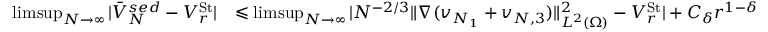
\begin{array} { r l } { \operatorname* { l i m s u p } _ { N \to \infty } | \bar { V } _ { N } ^ { s e d } - V _ { r } ^ { \mathrm { S t } } | } & { \leqslant \operatorname* { l i m s u p } _ { N \to \infty } | N ^ { - 2 / 3 } \| \nabla ( v _ { N _ { 1 } } + v _ { N , 3 } ) \| _ { L ^ { 2 } ( \Omega ) } ^ { 2 } - V _ { r } ^ { \mathrm { S t } } | + C _ { \delta } r ^ { 1 - \delta } } \end{array}